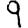
Digit: 9